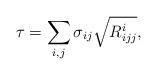
LaTeX: \begin{align*}\tau = \sum_{i,j} \sigma_{ij} \sqrt{R_{ijj}^i},\end{align*}